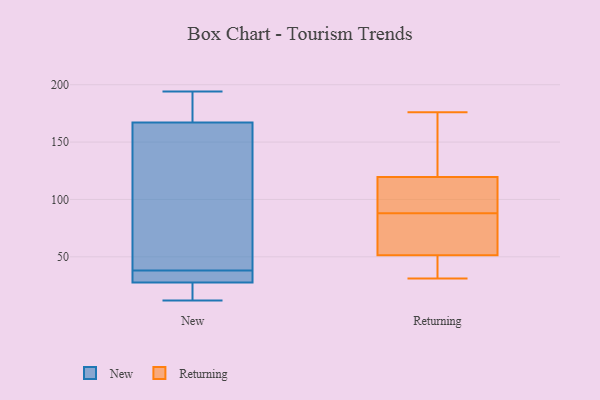
{"axis": {"x": "Headcount", "y": "Value"}, "legend": ["New", "Returning"], "data": [{"x": "", "y": 32, "type": "New"}, {"x": "", "y": 189, "type": "New"}, {"x": "", "y": 194, "type": "New"}, {"x": "", "y": 47, "type": "New"}, {"x": "", "y": 32, "type": "New"}, {"x": "", "y": 193, "type": "New"}, {"x": "", "y": 39, "type": "New"}, {"x": "", "y": 19, "type": "New"}, {"x": "", "y": 12, "type": "New"}, {"x": "", "y": 15, "type": "New"}, {"x": "", "y": 25, "type": "New"}, {"x": "", "y": 46, "type": "New"}, {"x": "", "y": 30, "type": "New"}, {"x": "", "y": 37, "type": "New"}, {"x": "", "y": 194, "type": "New"}, {"x": "", "y": 145, "type": "New"}, {"x": "", "y": 43, "type": "Returning"}, {"x": "", "y": 68, "type": "Returning"}, {"x": "", "y": 95, "type": "Returning"}, {"x": "", "y": 139, "type": "Returning"}, {"x": "", "y": 101, "type": "Returning"}, {"x": "", "y": 155, "type": "Returning"}, {"x": "", "y": 88, "type": "Returning"}, {"x": "", "y": 52, "type": "Returning"}, {"x": "", "y": 125, "type": "Returning"}, {"x": "", "y": 103, "type": "Returning"}, {"x": "", "y": 176, "type": "Returning"}, {"x": "", "y": 81, "type": "Returning"}, {"x": "", "y": 31, "type": "Returning"}, {"x": "", "y": 51, "type": "Returning"}, {"x": "", "y": 38, "type": "Returning"}]}